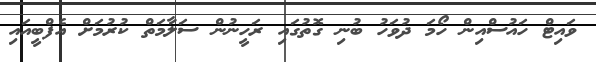
ވައިޓް ހައުސްއިން ހޯމަ ދުވަހު ބުނި ގޮތުގައި ރަހީނުން ސަލާމަތް ކުރުމަށް އެފްބީއައި